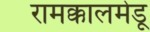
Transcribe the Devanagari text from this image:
रामक्कालमेडू